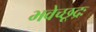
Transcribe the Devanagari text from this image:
भवेच्छूद्रः